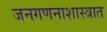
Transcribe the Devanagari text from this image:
जनगणनाशास्त्रात